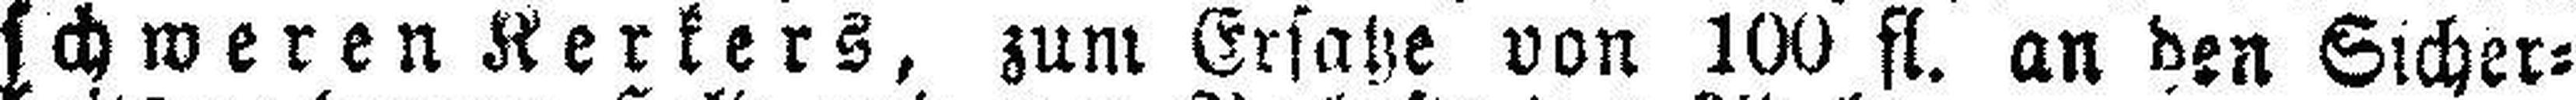
schweren Kerkers, zum Ersatze von 100 fl. an den Sicher¬